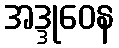
အဒ္ဒုဝေန